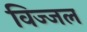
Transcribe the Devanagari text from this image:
विज्जल